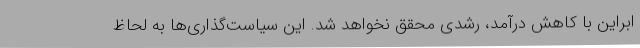
ابراین با کاهش درآمد، رشدی محقق نخواهد شد. این سیاست‌گذاری‌ها به لحاظ